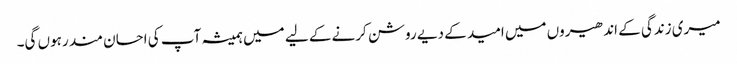
میری زندگی کے اندھیروں میں امید کے دیے روشن کرنے کے لیے میں ہمیشہ آپ کی احسان مند رہوں گی۔